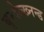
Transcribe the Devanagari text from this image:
बुन्देल्ख्नन्ड